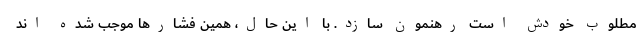
مطلوبِ خودش است رهنمون سازد. با این حال، همین فشارها موجب شده اند